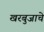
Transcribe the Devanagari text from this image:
खरबुजाचे